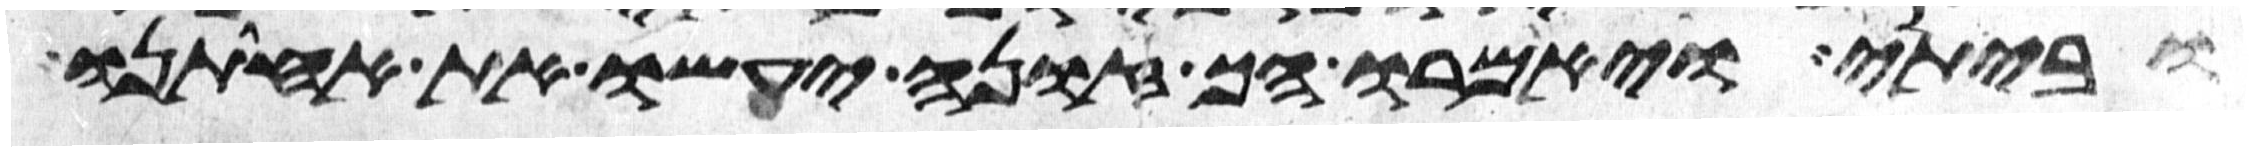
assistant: וביתי ויאמרו הך זונה יעשו את אחותנו